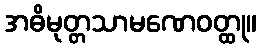
အဓိမုတ္တသာမဏေဝတ္ထု။